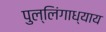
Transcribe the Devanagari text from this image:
पुल्लिंगाध्याय